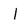
Character: I